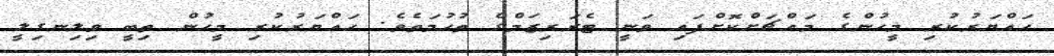
ހައްޔަރުކުރި މީހުންގެ މައްޗަށްކޮށްފައި ވަނީ ޓެރަރިޒަމްގެ ތުހުމަތެވެ. ހައްޔަރުކުރި މީހުން ތިބީ ވިލިނގިލީ